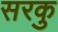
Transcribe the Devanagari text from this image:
सरकु